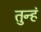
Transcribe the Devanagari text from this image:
तुन्हं